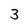
Character: 3